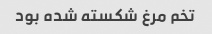
تخم مرغ شکسته شده بود